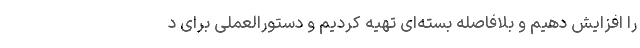
را افزایش دهیم و بلافاصله بسته‌ای تهیه کردیم و دستورالعملی برای د